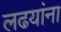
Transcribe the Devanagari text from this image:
लढयांना